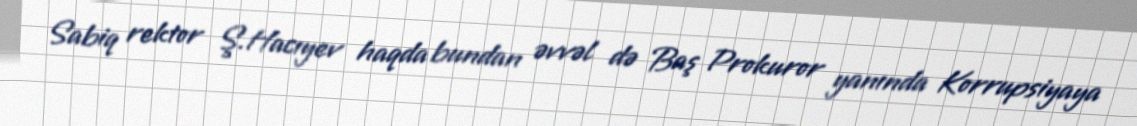
Sabiq rektor Ş.Hacıyev haqda bundan əvvəl də Baş Prokuror yanında Korrupsiyaya